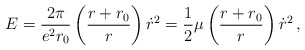
\begin{align*}E = {2\pi \over e^2 r_0} \left({r + r_0 \over r}\right) \dot r^2 = {1\over 2} \mu \left({r + r_0 \over r}\right) \dot r^2 \, ,\end{align*}